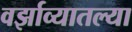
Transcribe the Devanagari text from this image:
वर्झाव्यातल्या